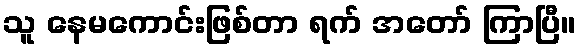
သူ နေမကောင်းဖြစ်တာ ရက် အတော် ကြာပြီ။